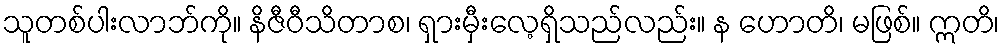
သူတစ်ပါးလာဘ်ကို။ နိဇီဝီသိတာစ၊ ရှားမှီးလေ့ရှိသည်လည်း။ န ဟောတိ၊ မဖြစ်။ ဣတိ၊